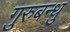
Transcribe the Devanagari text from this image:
गुरुबन्‍धु